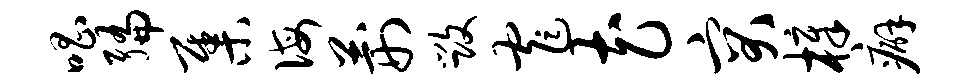
唱编集诲荆毁窄花突樟癖